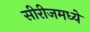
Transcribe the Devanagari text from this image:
सीरीजमध्ये